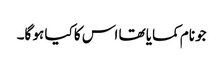
جو نام کمایا تھا اس کا کیا ہو گا۔